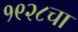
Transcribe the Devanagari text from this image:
१९२८चा